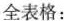
全表格：